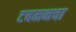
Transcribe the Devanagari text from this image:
टबमनचा